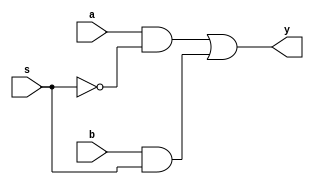
module mux2_1 (y,a,b,s);
output y;
input a,b,s;
wire t1,t2;
and m0 (t1,a,~s);
and m1 (t2,b,s);
or m3 (y,t1,t2);

endmodule